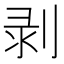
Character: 剥